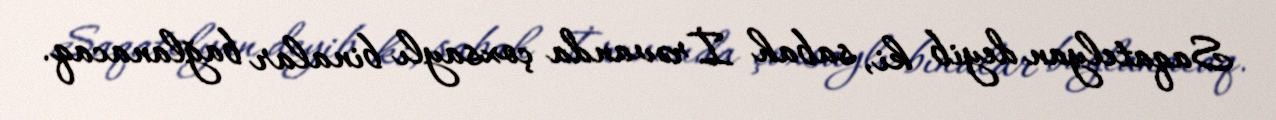
Saqatelyan deyib ki, sabah İrəvanda çoxsaylı binalar bağlanacaq.